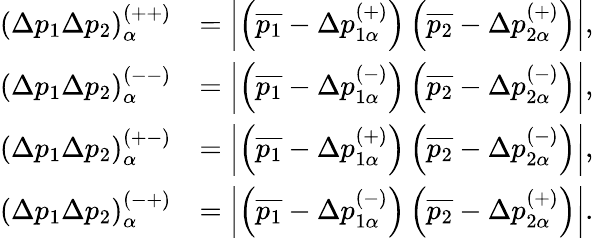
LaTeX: \begin{array}{rl}{\left(\Delta p_{1}\Delta p_{2}\right)_{\alpha}^{\left(++\right)}}&{=\left\vert\left(\overline{{p_{1}}}-\Delta p_{1\alpha}^{(+)}\right)\left(\overline{{p_{2}}}-\Delta p_{2\alpha}^{(+)}\right)\right\vert,}\\ {\left(\Delta p_{1}\Delta p_{2}\right)_{\alpha}^{\left(--\right)}}&{=\left\vert\left(\overline{{p_{1}}}-\Delta p_{1\alpha}^{(-)}\right)\left(\overline{{p_{2}}}-\Delta p_{2\alpha}^{(-)}\right)\right\vert,}\\ {\left(\Delta p_{1}\Delta p_{2}\right)_{\alpha}^{\left(+-\right)}}&{=\left\vert\left(\overline{{p_{1}}}-\Delta p_{1\alpha}^{(+)}\right)\left(\overline{{p_{2}}}-\Delta p_{2\alpha}^{(-)}\right)\right\vert,}\\ {\left(\Delta p_{1}\Delta p_{2}\right)_{\alpha}^{\left(-+\right)}}&{=\left\vert\left(\overline{{p_{1}}}-\Delta p_{1\alpha}^{(-)}\right)\left(\overline{{p_{2}}}-\Delta p_{2\alpha}^{(+)}\right)\right\vert.}\end{array}